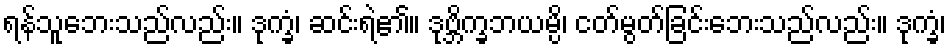
ရန်သူဘေးသည်လည်း။ ဒုက္ခံ၊ ဆင်းရဲ၏။ ဒုဗ္ဘိက္ခဘယမ္ပိ၊ ငတ်မွတ်ခြင်းဘေးသည်လည်း။ ဒုက္ခံ၊